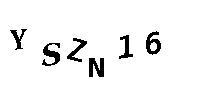
YSZN16